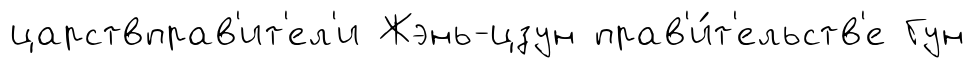
царствправ'ит'ел'и Жэнь-цзун прав'и́т'ельств'е Гун